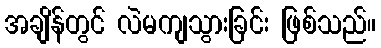
အချိန်တွင် လဲမကျသွားခြင်း ဖြစ်သည်။